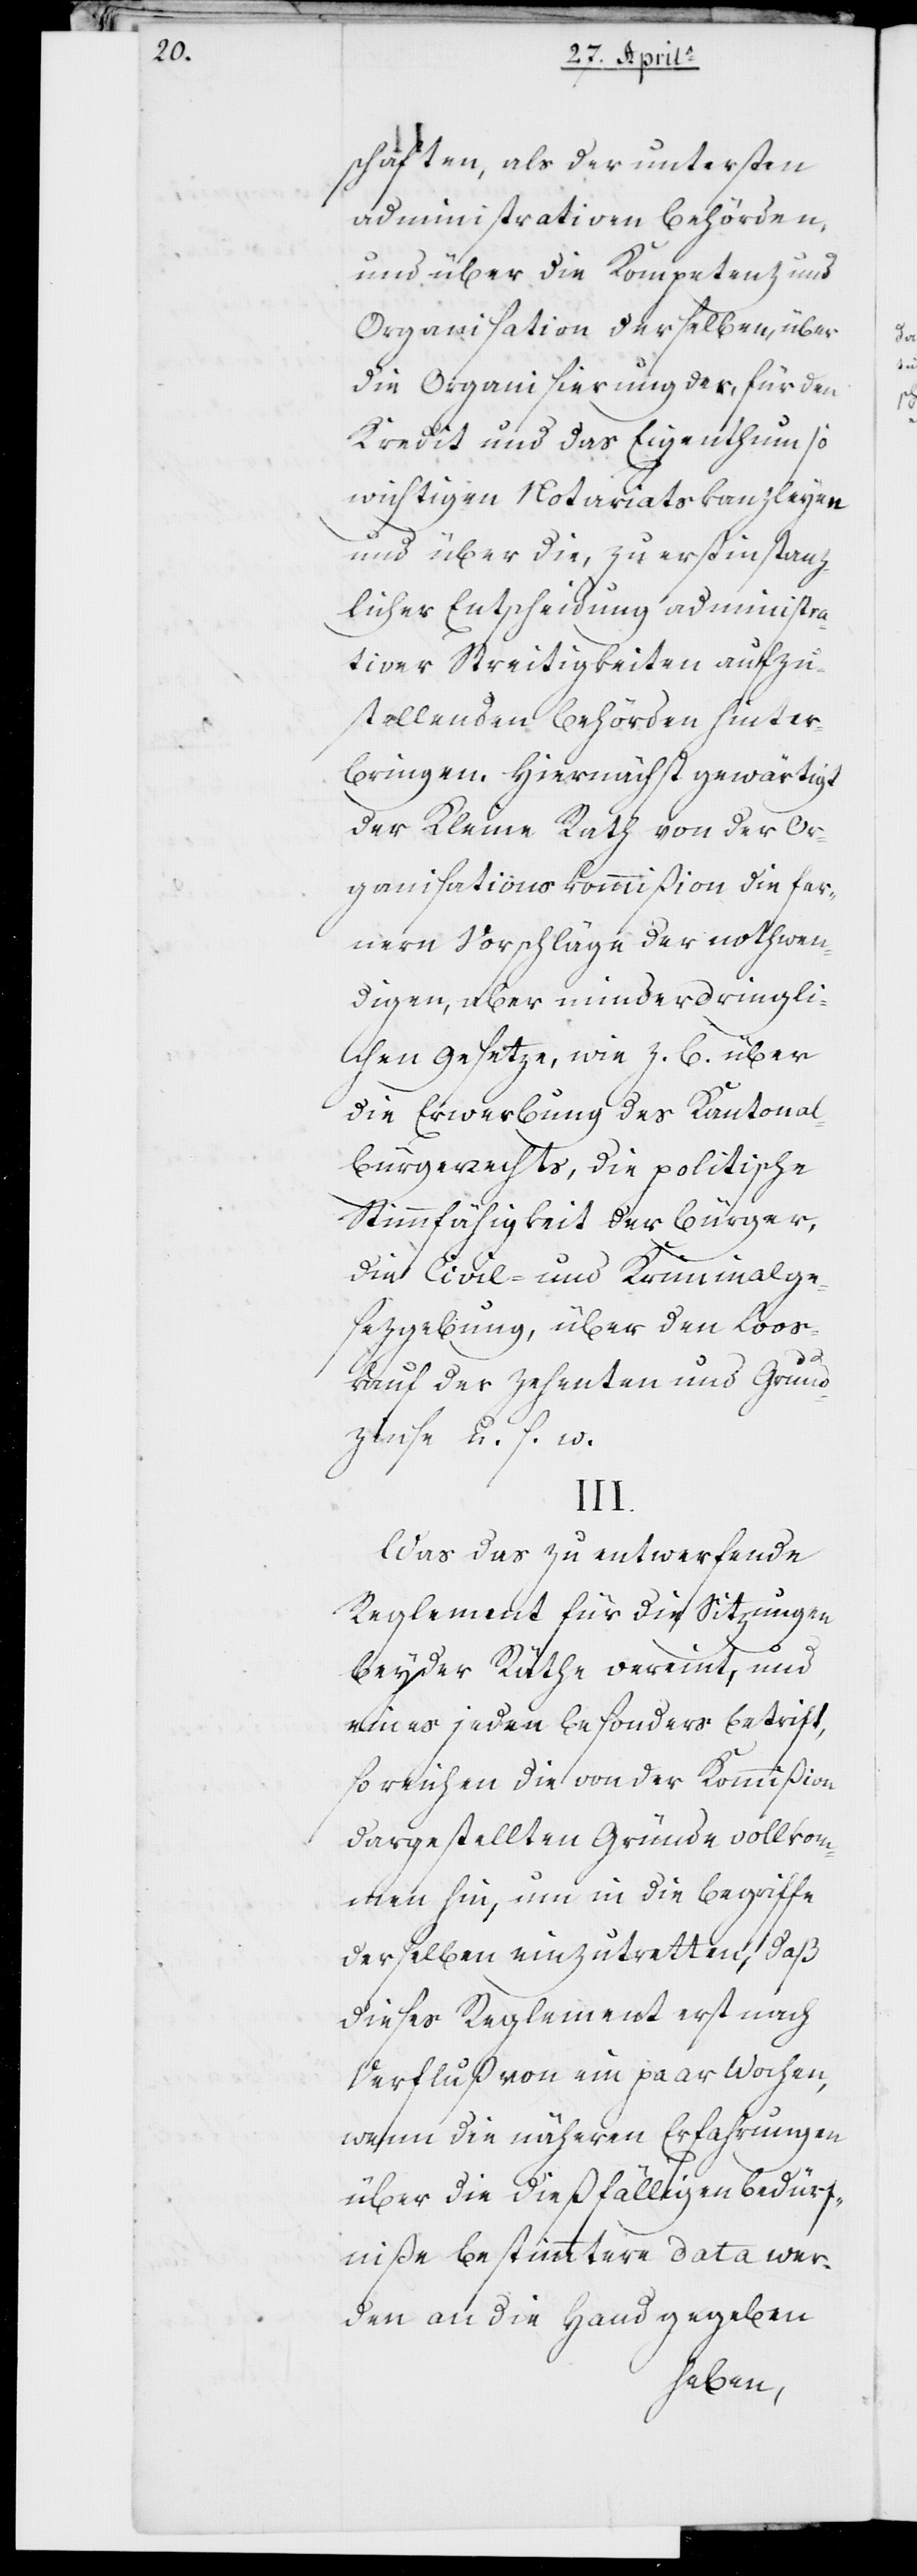
schaften, als der untersten
administrativen Behörden,
und über die Kompetenz und
Organisation derselben, über
die Organisierung der für den
Kredit und das Eigentum so
wichtigen Notariatskanzleyen
und über die, zu erstinstanz¬
licher Entscheidung administra¬
tiver Streitigkeiten aufzu¬
stellenden Behörden hinter¬
bringen. Hiernächst gewärtigt
der Kleine Rath von der Or¬
ganisationskommißion die fer¬
nern Vorschläge der nothwen¬
digen, aber minder dringli¬
chen Gesetze, wie z. B. über
die Erwerbung des Kantonal-B¬
ürgerrechts, die politische
Stimmfähigkeit der Bürger,
die Civil- und Kriminalge¬
setzgebung, über den Loos¬
kauf der Zehenten und Grund¬
zinse u. s. f.
III.
Was das zu entwerfende
Reglement für die Sitzungen
beyder Räthe vereint, und
wie es jeden besonders betrifft,
so reichen die von der Kommißion
dargestellten Gründe vollkom¬
men hin, um in die Begriffe
derselben einzutretten, daß
dieses Reglement erst nach
Verfluß von ein paar Wochen,
wenn die näheren Erfahrungen
über die dießfälligen Bedürf¬
niße bestimmtere Data wer¬
den an die Hand gegeben